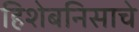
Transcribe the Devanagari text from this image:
हिशेबनिसाचे